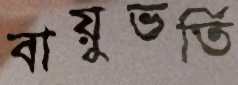
বায়ুভর্তি